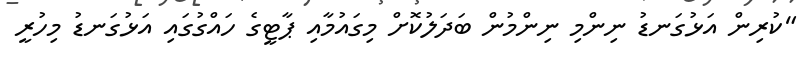
"ކުރިން އަޅުގަނޑު ނިންމި ނިންމުން ބަދަލުކޮށް މިގައުމާއި ޕާޓީގެ ހައްގުގައި އަޅުގަނޑު މިހުރީ